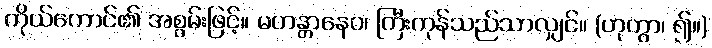
ကိုယ်ကောင်၏ အစွမ်းဖြင့်။ မဟန္တာနေဝ၊ ကြီးကုန်သည်သာလျှင်။ (ဟုတွာ၊ ၍။)